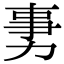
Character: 𠡸